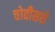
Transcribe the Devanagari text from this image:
चोवीसशे